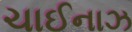
ચાઈનાઝ